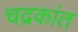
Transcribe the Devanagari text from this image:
चद्रकांत